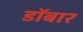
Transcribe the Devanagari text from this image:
डॉबार